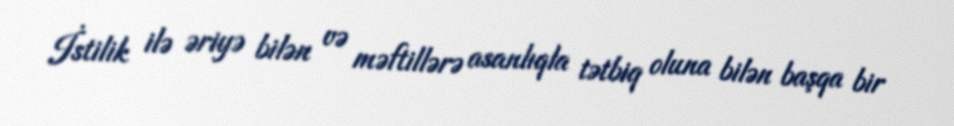
İstilik ilə əriyə bilən və məftillərə asanlıqla tətbiq oluna bilən başqa bir